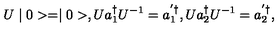
U \mid 0 > = \mid 0 > , U a _ { 1 } ^ { \dag } U ^ { - 1 } = a _ { 1 } ^ { ' \dag } , U a _ { 2 } ^ { \dag } U ^ { - 1 } = a _ { 2 } ^ { ' \dag } ,